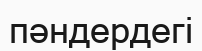
пәндердегі